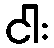
ငါး